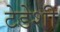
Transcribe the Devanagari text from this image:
टेडेशी